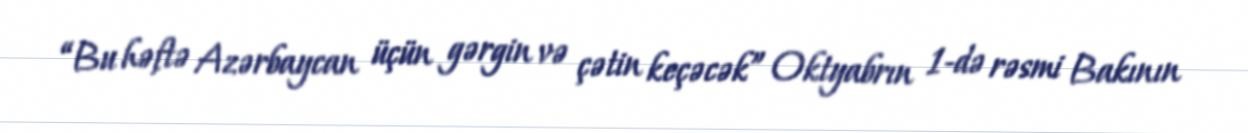
“Bu həftə Azərbaycan üçün gərgin və çətin keçəcək” Oktyabrın 1-də rəsmi Bakının